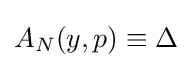
A_{N}(y,p)\equiv \Delta